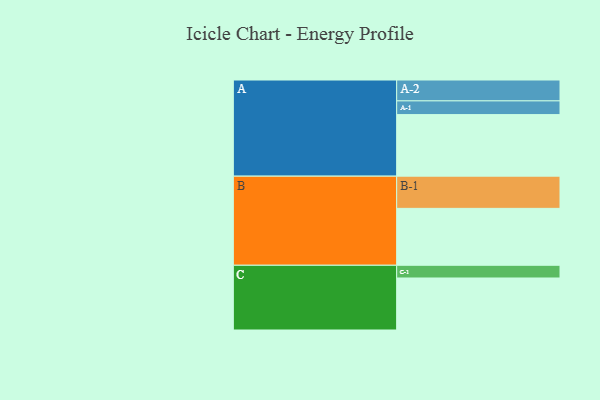
{"axis": {"x": "Segment", "y": "Value"}, "legend": ["", "A", "B", "C"], "data": [{"x": "A", "y": 566, "type": ""}, {"x": "B", "y": 523, "type": ""}, {"x": "C", "y": 478, "type": ""}, {"x": "A-1", "y": 126, "type": "A"}, {"x": "A-2", "y": 192, "type": "A"}, {"x": "B-1", "y": 296, "type": "B"}, {"x": "C-1", "y": 117, "type": "C"}]}